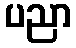
ပညာ